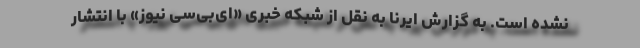
نشده است. به گزارش ایرنا به نقل از شبکه خبری «ای‌بی‌سی نیوز» با انتشار